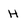
Character: H